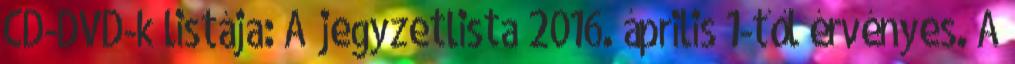
CD-DVD-k listája: A jegyzetlista 2016. április 1-től érvényes. A